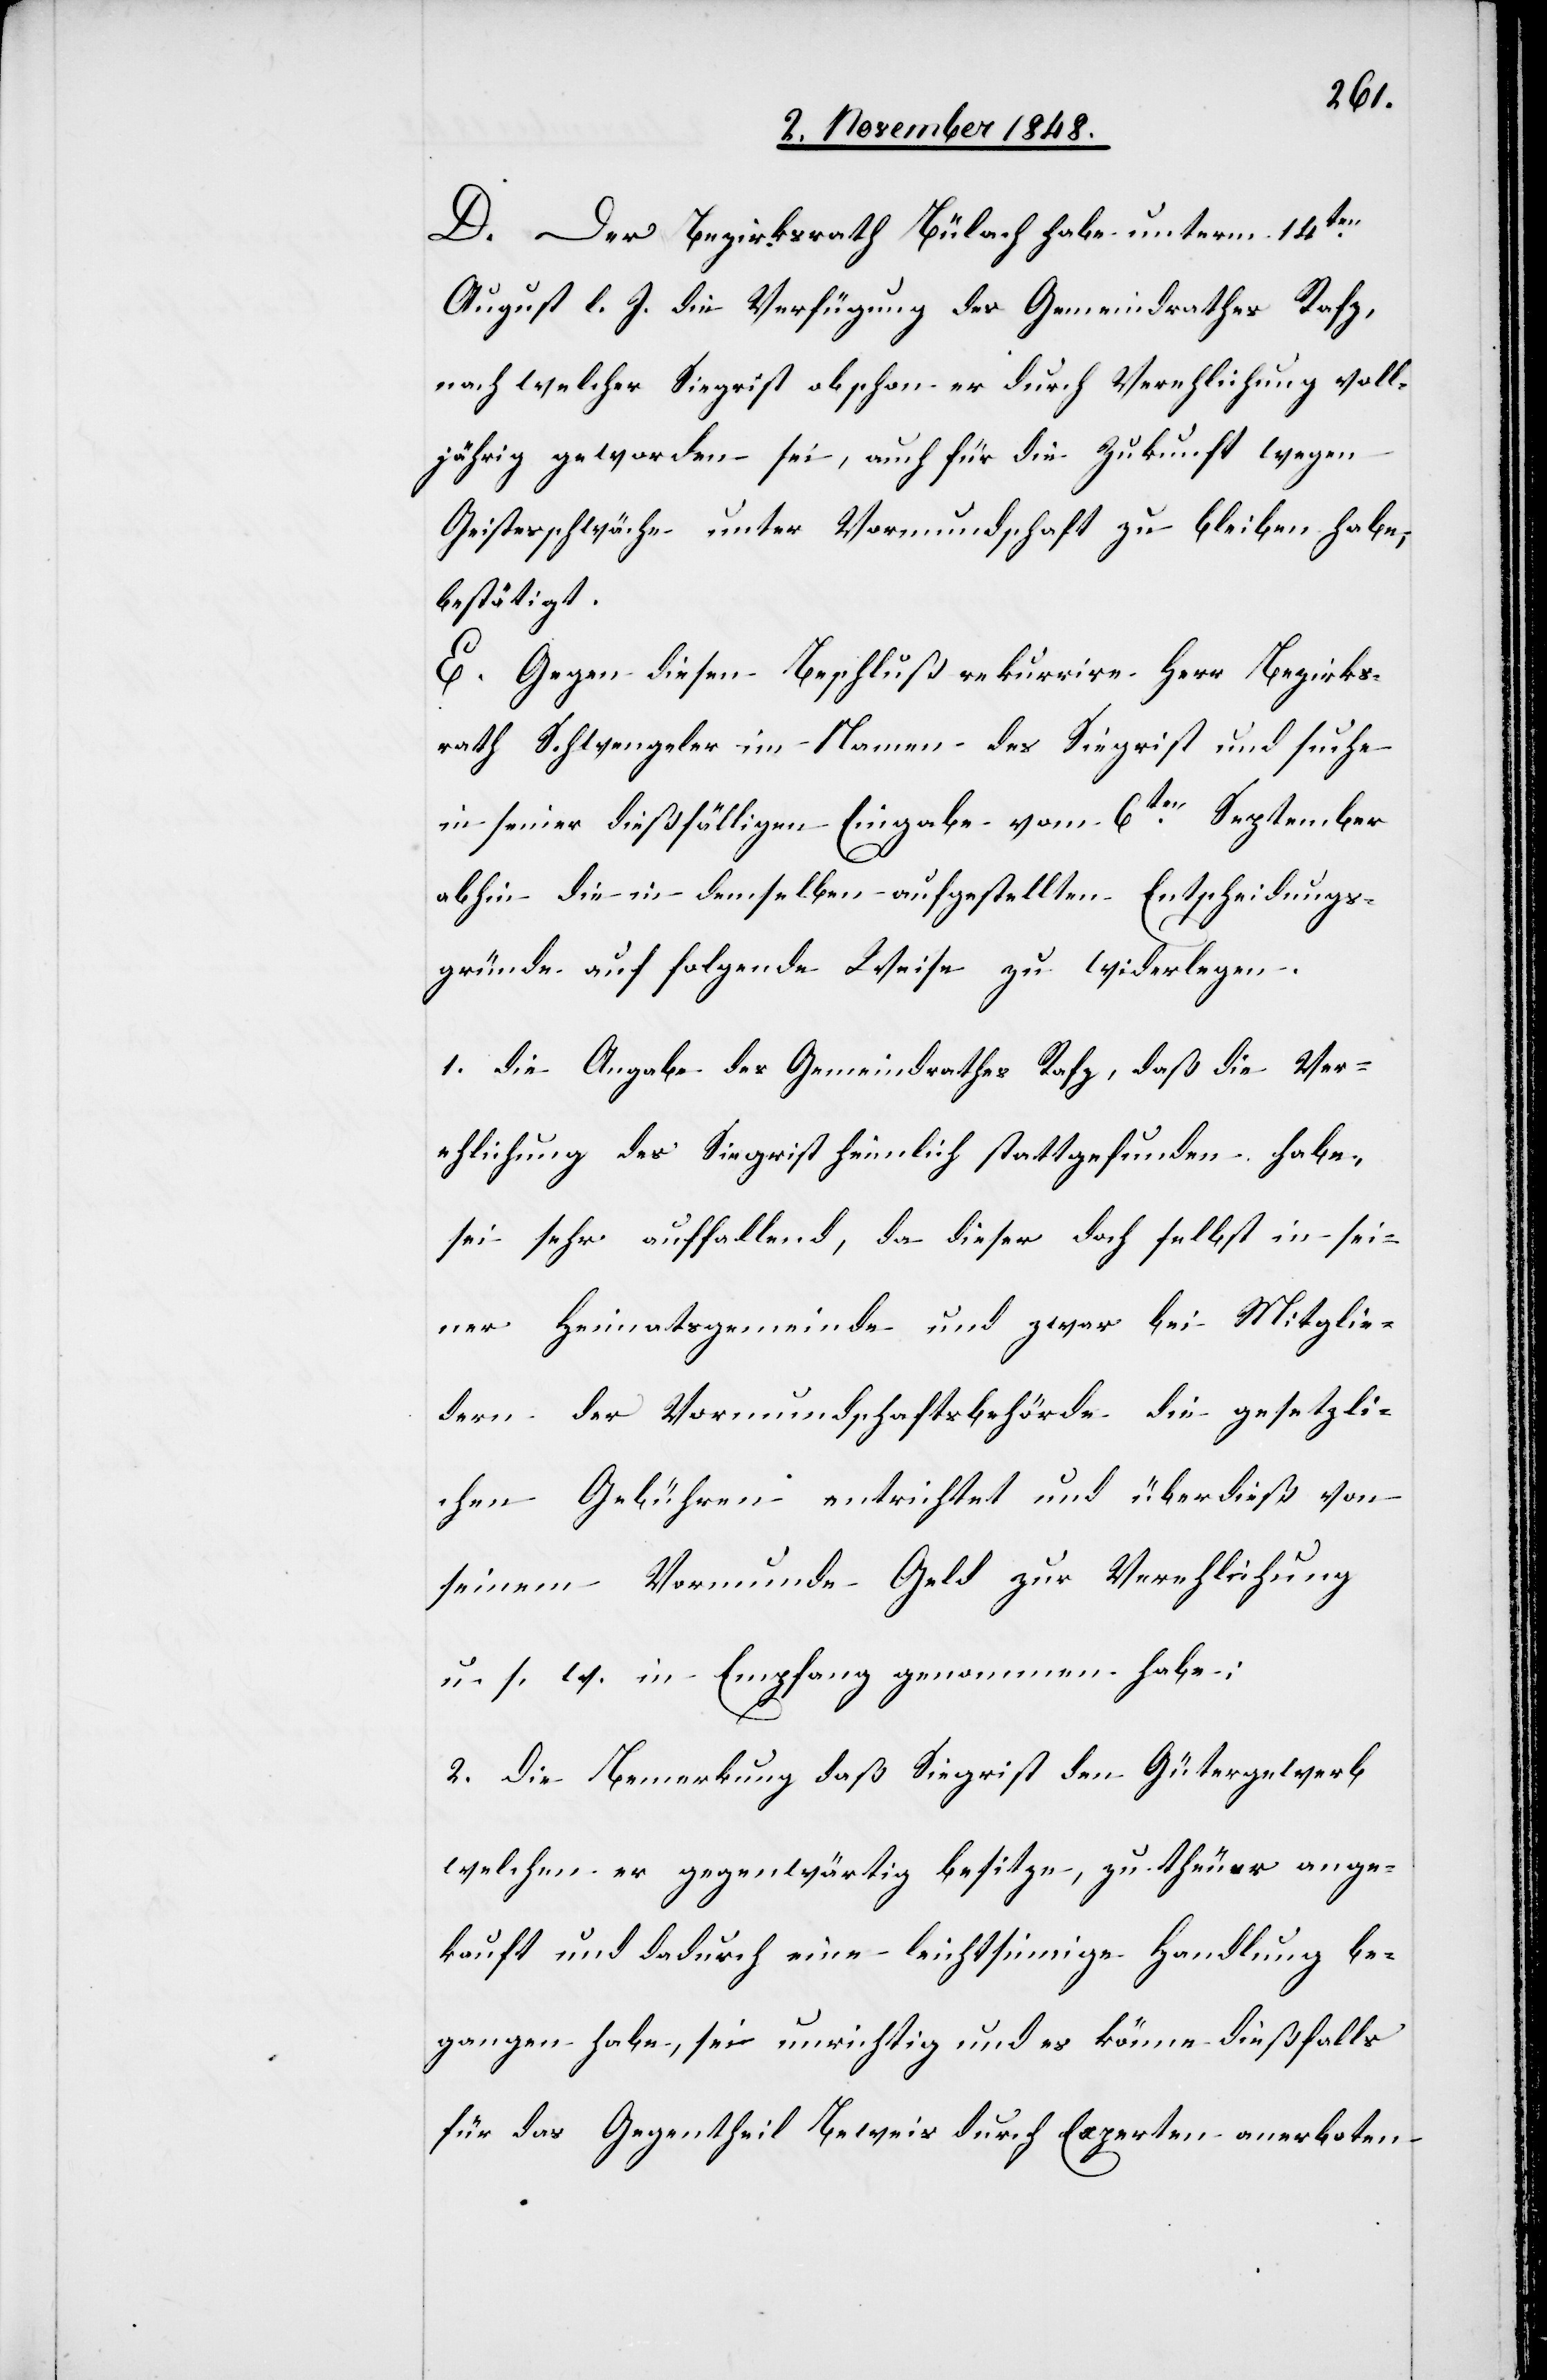
D. Der Bezirksrath Bülach habe unterm 14ten
August l. J. die Verfügung des Gemeindrathes Rafz,
nach welcher Siegrist obschon er durch Verehlichung voll¬
jährig geworden sei, auch für die Zukunft wegen
Geistesschwäche unter Vormundschaft zu bleiben habe,
bestätigt.
E. Gegen diesen Beschluß rekurrire Herr Bezirks¬
rath Schwengeler im Namen des Siegrist und suche
in seiner dießfälligen Eingabe vom 6ten September
abhin die in demselben aufgestellten Entscheidungs¬
gründe auf folgende Weise zu widerlegen.
1. die Angabe des Gemeindrathes Rafz, daß die Ver¬
ehlichung des Siegrist heimlich stattgefunden habe,
sei sehr auffallend, da dieser doch selbst in sei¬
ner Heimatsgemeinde und zwar bei Mitglie¬
dern der Vormundschaftsbehörde die gesetzli¬
chen Gebühren entrichtet und überdieß von
seinem Vormunde Geld zur Verehlichung
u. s. w. in Empfang genommen habe;
2. die Bemerkung daß Siegrist den Gütergewerb
welchen er gegenwärtig besitze, zu theuer ange¬
kauft und dadurch eine leichtsinnige Handlung be¬
gangen habe, sei unrichtig und es könne dießfalls
für das Gegentheil Beweis durch Experten anerboten